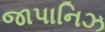
જાપાનિઝ